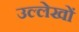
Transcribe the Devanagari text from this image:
उल्लेखाें